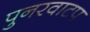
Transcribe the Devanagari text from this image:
पुनरवाटप